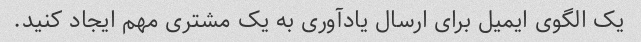
یک الگوی ایمیل برای ارسال یادآوری به یک مشتری مهم ایجاد کنید.